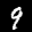
Label: 9